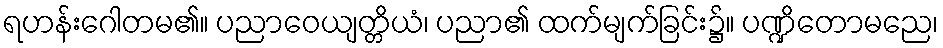
ရဟန်းဂေါတမ၏။ ပညာဝေယျတ္တိယံ၊ ပညာ၏ ထက်မျက်ခြင်း၌။ ပဏ္ဍိတောမညေ၊